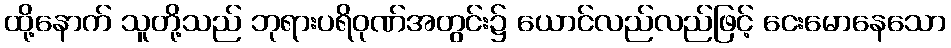
ထို့နောက် သူတို့သည် ဘုရားပရိဝုဏ်အတွင်း၌ ယောင်လည်လည်ဖြင့် ငေးမောနေသော